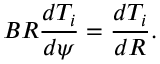
B R \frac { d T _ { i } } { d \psi } = \frac { d T _ { i } } { d R } .